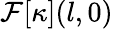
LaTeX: \mathcal{F}[\kappa](l,0)